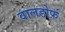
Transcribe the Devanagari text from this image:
वालडोर्फ़